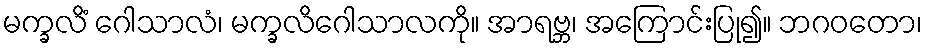
မက္ခလိံ ဂေါသာလံ၊ မက္ခလိဂေါသာလကို။ အာရဗ္ဘ၊ အကြောင်းပြု၍။ ဘဂဝတော၊